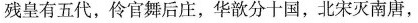
残皇有五代，伶官舞后庄，华歆分十国，北宋灭南唐，